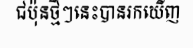
ជប៉ុនថ្មីៗនេះបានរកឃើញ